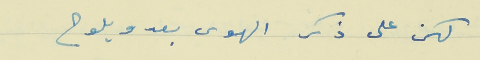
لكن على ذكر الهوى بعد ويلوح